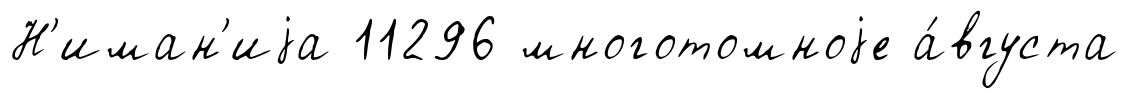
Н'иман'иjа 11296 многотомноjе а́вгуста